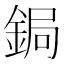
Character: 鋦